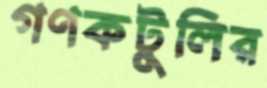
গণকটুলির